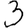
Digit: 3